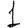
Digit: 1